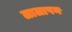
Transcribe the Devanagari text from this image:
लालापन